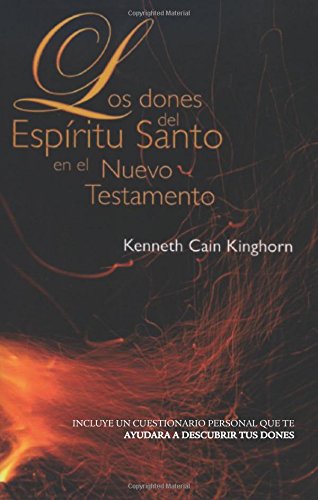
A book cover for LOS DONES DEL ESPÃ­RITU SANTO EN EL NUEVO TESTAMENTO (Spanish Edition); Keeneth Cain Kinghorn; Christian Books & Bibles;